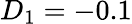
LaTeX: D_{1}=-0.1